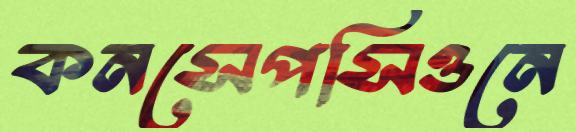
কনসেপসিওনে